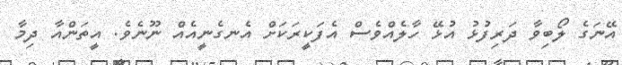
އޭނަގެ ލޯބިވާ ދަރިފުޅު އުޅޭ ހާލެއްވެސް އެފަކީރަކަށް އެނގެނީއެއް ނޫނެވެ. އީތަންއާ ދިމާ